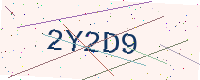
Text: 2Y2D9